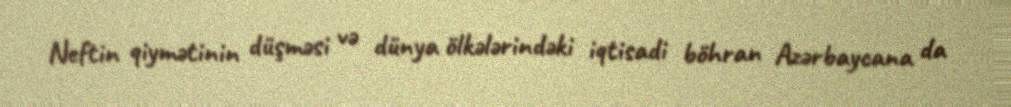
Neftin qiymətinin düşməsi və dünya ölkələrindəki iqtisadi böhran Azərbaycana da